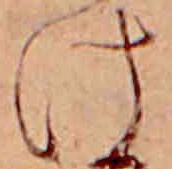
け